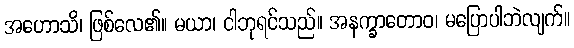
အဟောသိ၊ ဖြစ်လေ၏။ မယာ၊ ငါဘုရင်သည်။ အနက္ခာတောဝ၊ မပြောပါဘဲလျက်။